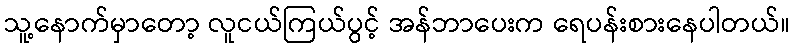
သူ့နောက်မှာတော့ လူငယ်ကြယ်ပွင့် အန်ဘာပေးက ရေပန်းစားနေပါတယ်။